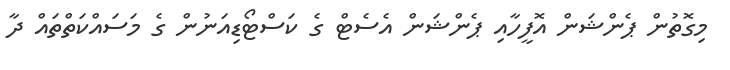
މިގޮތުން ޕެންޝަން އޮފީހާއި ޕެންޝަން އެސެޓް ގެ ކަސްޓޯޑިއަނުން ގެ މަސައްކަތްތައް ދާ